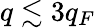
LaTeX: q\lesssim 3q_{F}